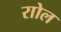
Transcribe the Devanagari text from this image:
राोल